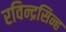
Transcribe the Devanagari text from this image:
रविन्द्रसिन्ह